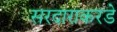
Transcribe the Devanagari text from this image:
सरदाराकरडे